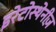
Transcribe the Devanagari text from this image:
इरेटोस्थेनीज़